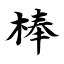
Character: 棒